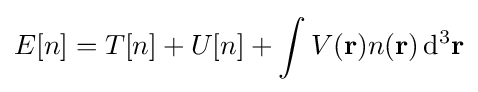
E[n]=T[n]+U[n]+\int V(\mathbf {r} )n(\mathbf {r} )\,\mathrm {d} ^{3}\mathbf {r}